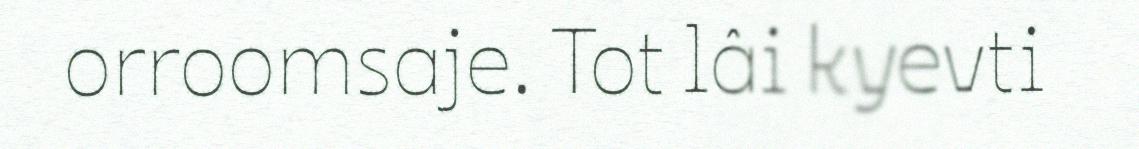
orroomsaje. Tot lâi kyevti